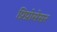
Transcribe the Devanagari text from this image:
प्रिप्रोसेसर